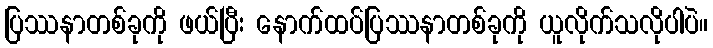
ပြဿနာတစ်ခုကို ဖယ်ပြီး နောက်ထပ်ပြဿနာတစ်ခုကို ယူလိုက်သလိုပါပဲ။